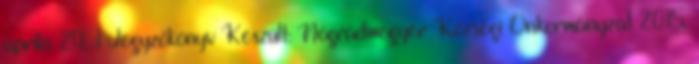
április 29. 1 Jegyzőkönyv Készült: Nógrádmegyer Községi Önkormányzat 2015.